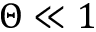
\Theta \ll 1